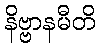
နိဗ္ဗာနမီတိ